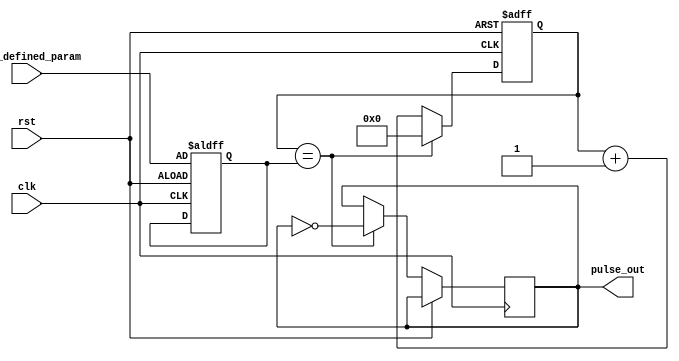
module Variable_Frequency_Pulse_Generator (
    input wire clk,
    input wire rst,
    input wire [7:0] user_defined_param,
    output reg pulse_out
);

reg [7:0] counter;
reg [7:0] frequency_scale;
reg [7:0] duty_cycle;

always @ (posedge clk or posedge rst) begin
    if (rst) begin
        counter <= 8'h00;
        frequency_scale <= user_defined_param;
        duty_cycle <= 8'h50; // Default duty cycle of 50%
    end else begin
        if (counter == frequency_scale) begin
            pulse_out <= ~pulse_out;
            counter <= 8'h00;
        end else begin
            counter <= counter + 1;
        end
    end
end

endmodule